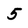
Character: 5